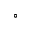
^ { \circ }